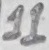
Text: 11